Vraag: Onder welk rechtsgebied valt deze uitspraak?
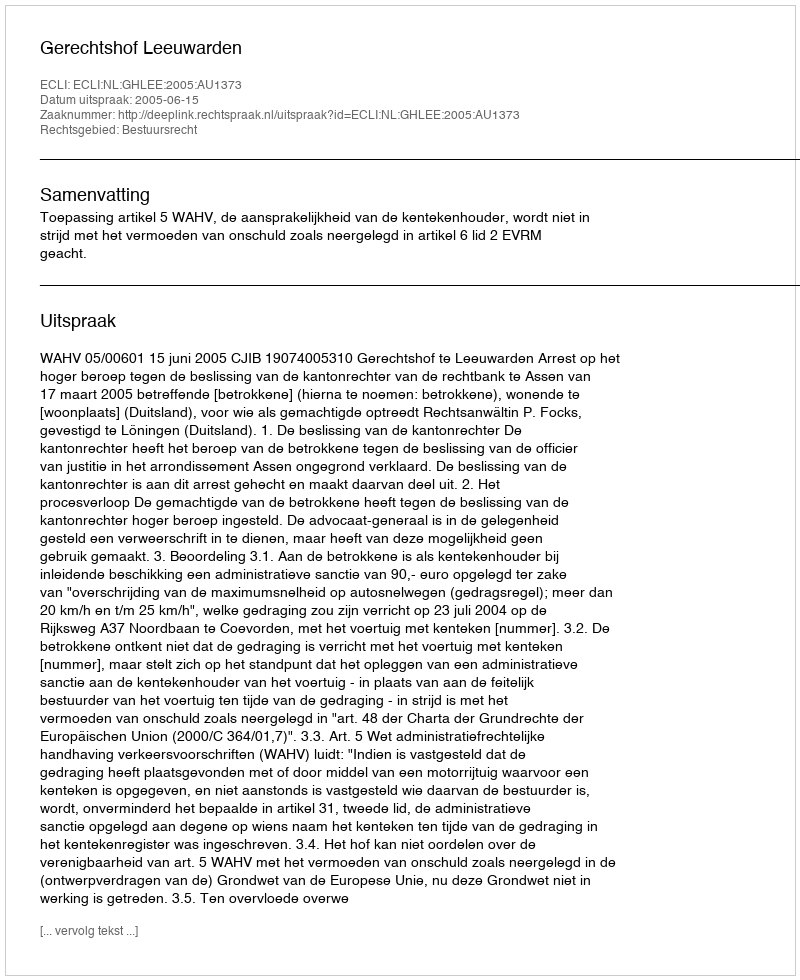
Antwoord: Bestuursrecht